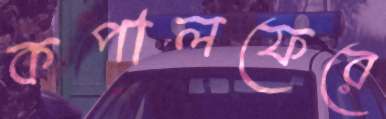
কপালফেরে